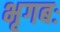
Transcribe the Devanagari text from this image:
भृगबः